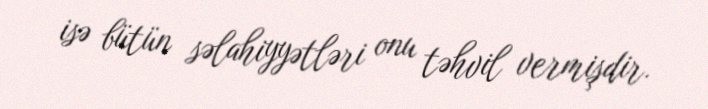
isə bütün səlahiyyətləri onu təhvil vermişdir.